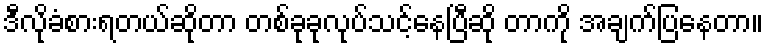
ဒီလိုခံစားရတယ်ဆိုတာ တစ်ခုခုလုပ်သင့်နေပြီဆို တာကို အချက်ပြနေတာ။